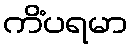
ကိံပရမာ